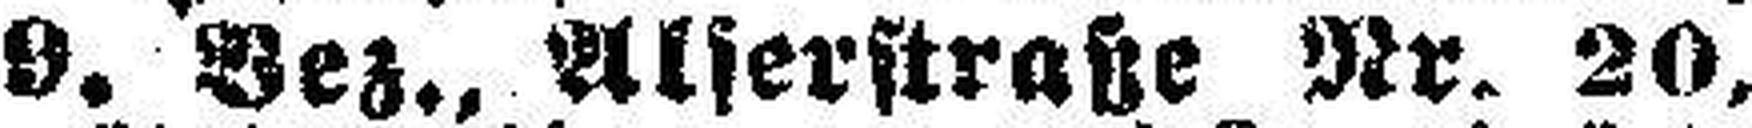
9. Bez., Alserstraße Nr. 20,